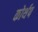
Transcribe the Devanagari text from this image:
कोर्थप